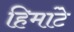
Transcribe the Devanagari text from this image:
हिमांटे